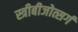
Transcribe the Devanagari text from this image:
स्त्रीबीजोत्सर्ग